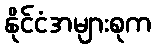
နိုင်ငံအများစုက